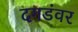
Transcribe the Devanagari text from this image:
दगडंवर